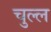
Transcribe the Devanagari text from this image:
चुल्ल